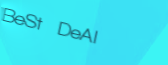
BeSt DeAl